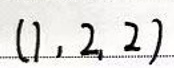
$(1,2,2)$